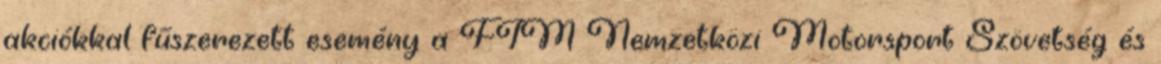
akciókkal fűszerezett esemény a FIM Nemzetközi Motorsport Szövetség és